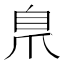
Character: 𮍕